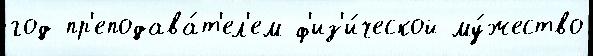
год пр'еподава́т'ел'ем ф'из'и́ческой му́жество